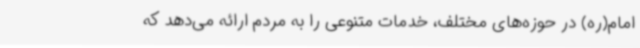
امام(ره) در حوزه‌های مختلف، خدمات متنوعی را به مردم ارائه می‌دهد که